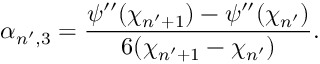
\alpha _ { n ^ { \prime } , 3 } = \frac { \psi ^ { \prime \prime } ( \chi _ { n ^ { \prime } + 1 } ) - \psi ^ { \prime \prime } ( \chi _ { n ^ { \prime } } ) } { 6 ( \chi _ { n ^ { \prime } + 1 } - \chi _ { n ^ { \prime } } ) } .